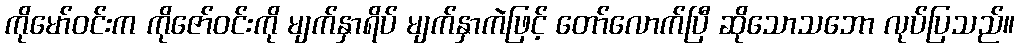
ကိုမော်ဝင်းက ကိုဇော်ဝင်းကို မျက်နှာရိပ် မျက်နှာကဲဖြင့် တော်လောက်ပြီ ဆိုသောသဘော လုပ်ပြသည်။